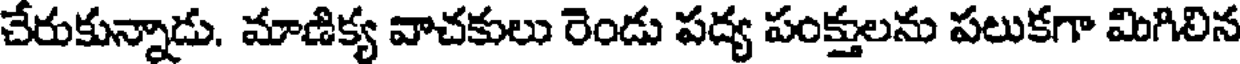
చేరుకున్నాడు. మాణిక్య వాచకులు రెండు పద్య పంక్తులను పలుకగా మిగిలిన